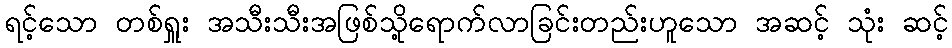
ရင့်သော တစ်ရှူး အသီးသီးအဖြစ်သို့ရောက်လာခြင်းတည်းဟူသော အဆင့် သုံး ဆင့်